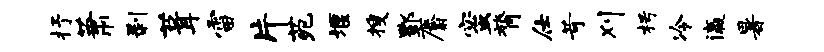
抒萧剥葺雷片苑堰搜酆麝蜜膂仕苛刈枵冷瀛暑